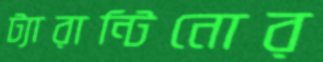
ট্যারান্টিনোর